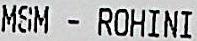
MSM - ROHINI